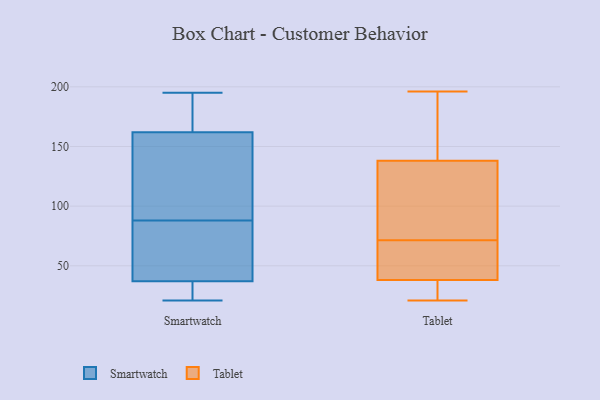
{"axis": {"x": "Operating Costs (USD K)", "y": "Value"}, "legend": ["Smartwatch", "Tablet"], "data": [{"x": "", "y": 169, "type": "Smartwatch"}, {"x": "", "y": 144, "type": "Smartwatch"}, {"x": "", "y": 124, "type": "Smartwatch"}, {"x": "", "y": 33, "type": "Smartwatch"}, {"x": "", "y": 168, "type": "Smartwatch"}, {"x": "", "y": 49, "type": "Smartwatch"}, {"x": "", "y": 21, "type": "Smartwatch"}, {"x": "", "y": 30, "type": "Smartwatch"}, {"x": "", "y": 88, "type": "Smartwatch"}, {"x": "", "y": 76, "type": "Smartwatch"}, {"x": "", "y": 195, "type": "Smartwatch"}, {"x": "", "y": 128, "type": "Tablet"}, {"x": "", "y": 23, "type": "Tablet"}, {"x": "", "y": 38, "type": "Tablet"}, {"x": "", "y": 196, "type": "Tablet"}, {"x": "", "y": 52, "type": "Tablet"}, {"x": "", "y": 74, "type": "Tablet"}, {"x": "", "y": 69, "type": "Tablet"}, {"x": "", "y": 189, "type": "Tablet"}, {"x": "", "y": 138, "type": "Tablet"}, {"x": "", "y": 21, "type": "Tablet"}]}